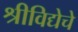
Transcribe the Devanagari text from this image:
श्रीविद्येचे